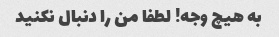
به هیچ وجه! لطفا من را دنبال نکنید